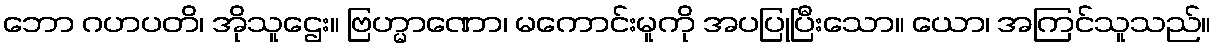
ဘော ဂဟပတိ၊ အိုသူဌေး။ ဗြဟ္မာဏော၊ မကောင်းမူကို အပပြုပြီးသော။ ယော၊ အကြင်သူသည်။